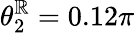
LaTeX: \theta_{2}^{\mathbb{R}}=0.12\pi